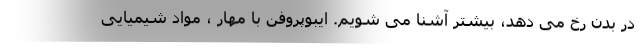
در بدن رخ می دهد، بیشتر آشنا می شویم. ایبوپروفن با مهار ، مواد شیمیایی